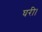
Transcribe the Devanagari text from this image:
घरी।